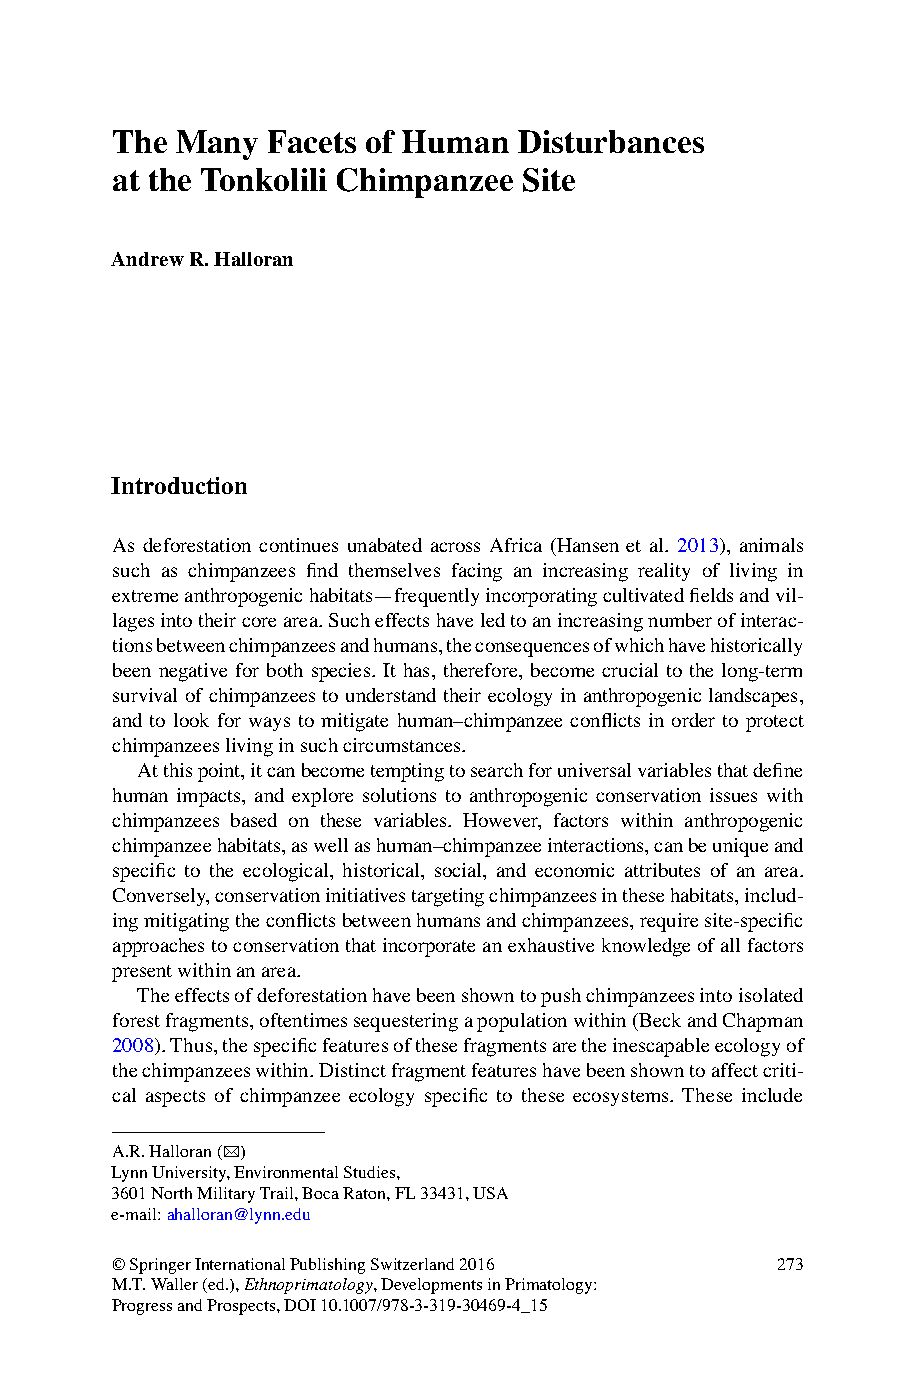
The  Many  Facets of Human Disturbances
 at the Tonkolili Chimpanzee Site
 Andrew R. Halloran
 Introduction
 As deforestation continues unabated across Africa (Hansen et al. 2 013 ), animals
 such as chimpanzees fi nd themselves facing an increasing reality of living in
 extreme anthropogenic habitats—frequently incorporating cultivated fi elds and vil-
 lages into their core area. Such effects have led to an increasing number of interac-
 tions between chimpanzees and humans, the consequences of which have historically
 been negative for both species. It has, therefore, become crucial to the long-term
 survival of chimpanzees to understand their ecology in anthropogenic landscapes,
 and to look for ways to mitigate human–chimpanzee confl icts in order to protect
 chimpanzees living in such circumstances.
 A t this point, it can become tempting to search for universal variables that defi ne
 human impacts, and explore solutions to anthropogenic conservation issues with
 chimpanzees based on these variables. However, factors within anthropogenic
 chimpanzee habitats, as well as human–chimpanzee interactions, can be unique and
 specifi c to the ecological, historical, social, and economic attributes of an area.
 Conversely, conservation initiatives targeting chimpanzees in these habitats, includ-
 ing mitigating the confl icts between humans and chimpanzees , require site-specifi c
 approaches to conservation that incorporate an exhaustive knowledge of all factors
 present within an area.
 T he effects of deforestation have been shown to push c himpanzees into isolated
 forest fragments, oftentimes sequestering a population within (Beck and Chapman
 2 008 ). Thus, the specifi c features of these fragments are the inescapable ecology of
 the chimpanzees within. Distinct fragment features have been shown to affect criti-
 cal aspects of chimpanzee ecology specifi c to these ecosystems. These include
 A. R. Halloran (*)
 Lynn University, Environmental Studies ,
 3601 North Military Trail , Boca Raton , FL 33431 , USA
 e-mail: ahalloran@lynn.edu
 © Springer International Publishing Switzerland 2016 273
 M.T. Waller (ed.), Ethnoprimatology, Developments in Primatology:
 Progress and Prospects, DOI 10.1007/978-3-319-30469-4_15